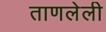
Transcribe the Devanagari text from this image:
ताणलेली